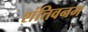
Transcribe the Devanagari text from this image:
शंतिवनम